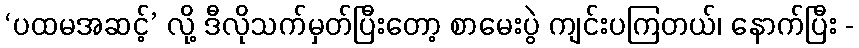
‘ပထမအဆင့်’ လို့ ဒီလိုသက်မှတ်ပြီးတော့ စာမေးပွဲ ကျင်းပကြတယ်၊ နောက်ပြီး -